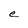
Character: e